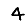
Digit: 4